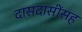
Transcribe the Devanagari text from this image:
दासदासींसह